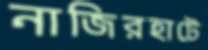
নাজিরহাটে